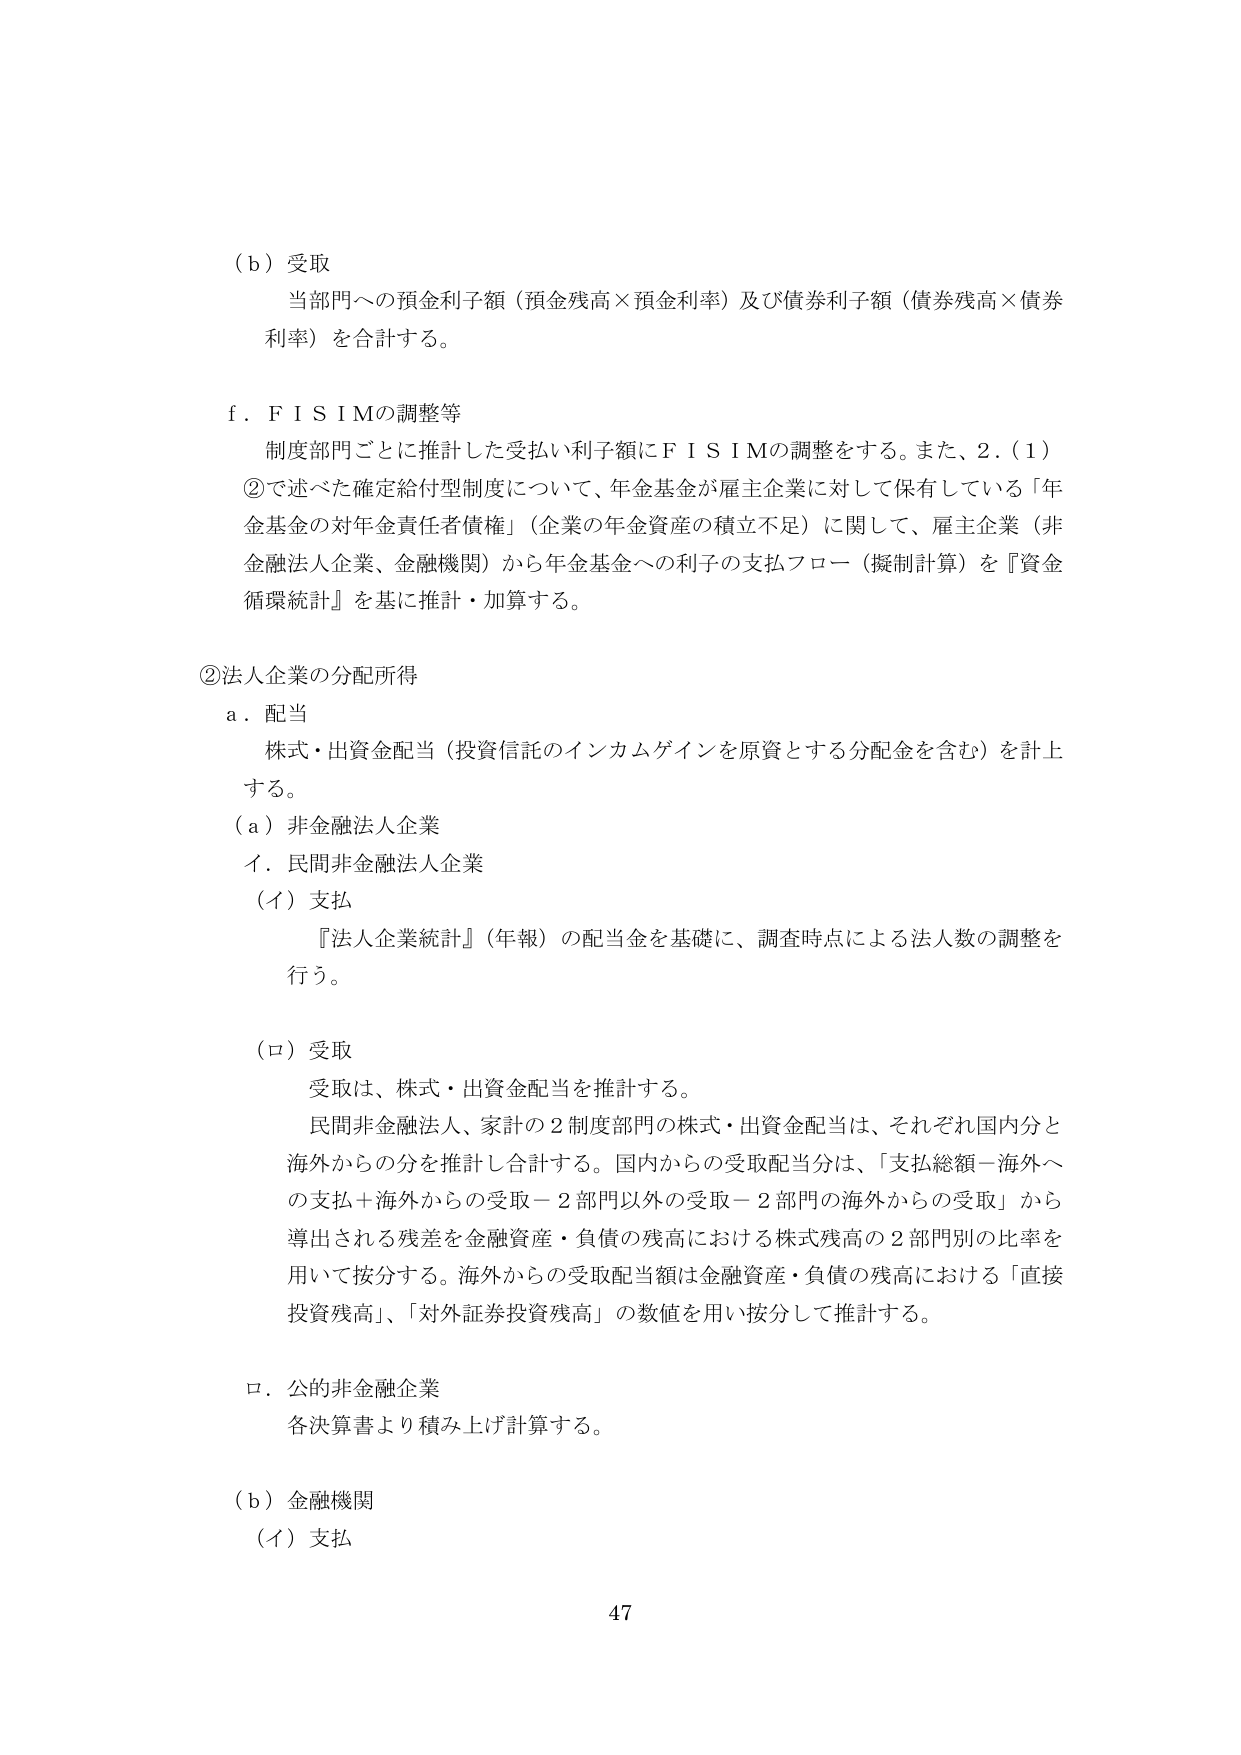
（ｂ）受取
当部門への預金利子額（預金残高×預金利率）及び債券利子額（債券残高×債券利率）を合計する。

ｆ．ＦＩＳＩＭの調整等
制度部門ごとに推計した受払い利子額にＦＩＳＩＭの調整をする。また、２．（１）②で述べた確定給付型制度について、年金基金が雇主企業に対して保有している「年金基金の対年金責任者債権」（企業の年金資産の積立不足）に関して、雇主企業（非金融法人企業、金融機関）から年金基金への利子の支払フロー（擬制計算）を『資金循環統計』を基に推計・加算する。

②法人企業の分配所得
ａ．配当
株式・出資金配当（投資信託のインカムゲインを原資とする分配金を含む）を計上する。
（ａ）非金融法人企業
イ．民間非金融法人企業
（イ）支払
『法人企業統計』（年報）の配当金を基礎に、調査時点による法人数の調整を行う。
（ロ）受取
受取は、株式・出資金配当を推計する。
民間非金融法人、家計の２制度部門の株式・出資金配当は、それぞれ国内分と海外からの分を推計し合計する。国内からの受取配当分は、「支払総額－海外への支払＋海外からの受取－２部門以外の受取－２部門の海外からの受取」から導出される残差を金融資産・負債の残高における株式残高の２部門別の比率を用いて按分する。海外からの受取配当額は金融資産・負債の残高における「直接投資残高」、「対外証券投資残高」の数値を用い按分して推計する。

ロ．公的非金融企業
各決算書より積み上げ計算する。

（ｂ）金融機関
（イ）支払

47